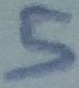
Text: 5